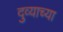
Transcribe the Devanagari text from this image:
दुव्याच्या